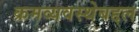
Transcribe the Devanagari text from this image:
क्रमव्यवस्थेबद्दल